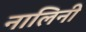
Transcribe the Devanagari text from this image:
नालिनी